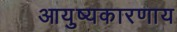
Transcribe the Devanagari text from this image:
आयुष्यकारणाय